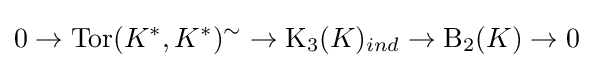
0\rightarrow \operatorname {Tor} (K^{*},K^{*})^{\sim }\rightarrow \operatorname {K} _{3}(K)_{ind}\rightarrow \operatorname {B} _{2}(K)\rightarrow 0